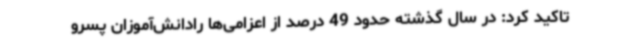
تاکید کرد: در سال گذشته حدود 49 درصد از اعزامی‌ها رادانش‌آموزان پسرو